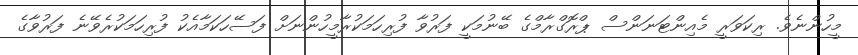
މީހުންނެވެ. ރިކަވަރީ މެއިންޓަނަންސް ޕްރޮގްރާމްގެ ބޭނުމަކީ ފަރުވާ ފުރިހަމަކުރާމީހުންނަށް ފަސޭހަކަމާއެކު ފުރިހަމަކުރެވޭނެ ފަރުވާގެ